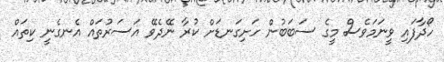
ހޯދާފައި ވީނަމަވެސް މީގެ ސަބަބުން ހަށިގަނޑަށް ކުރާ ނޭދެވޭ އަސަރުތައް އެނގެނީ ކިތައް